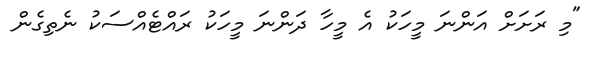
"މި ރަށަށް އަންނަ މީހަކު އެ މީހާ ދަންނަ މީހަކު ރައްޓެއްސަކު ނެތިގެން